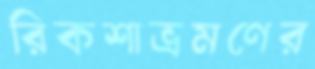
রিকশাভ্রমণের